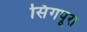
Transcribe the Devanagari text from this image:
सिंगपूरा